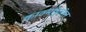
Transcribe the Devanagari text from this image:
काठमांडुतील